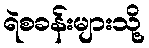
ရဲစခန်းများသို့